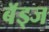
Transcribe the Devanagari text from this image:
बॅड्ज